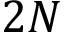
2 N